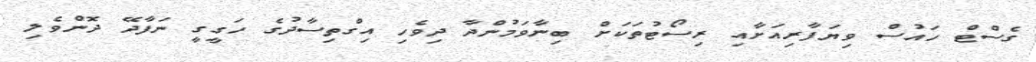
ގެސްޓް ހައުސް ވިޔަފާރިއަށާއި ރިސޯޓުތަކަށް ބިނާވަމުންދާ ދިވެހި އިގްތިސާދުގެ ހަގީގީ ނަފާދޭ ދޮންވެލި